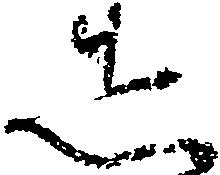
し